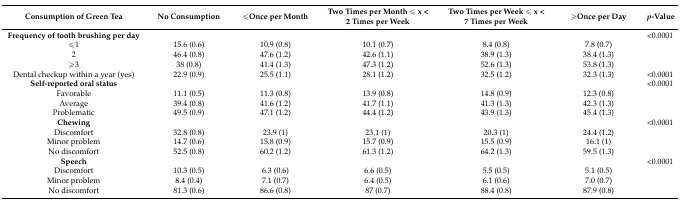
<table><thead><tr><td><b>Consumption of Green Tea</b></td><td><b>No Consumption</b></td><td><b>≤Once per Month</b></td><td><b>Two Times per Month ≤ x &lt; 2 Times per Week</b></td><td><b>Two Times per Week ≤ x &lt; 7 Times per Week</b></td><td><b>≥Once per Day</b></td><td><b><i>p</i>-Value</b></td></tr></thead><tbody><tr><td><b>Frequency of tooth brushing per day</b></td><td></td><td></td><td></td><td></td><td></td><td>&lt;0.0001</td></tr><tr><td>≤1</td><td>15.6 (0.6)</td><td>10.9 (0.8)</td><td>10.1 (0.7)</td><td>8.4 (0.8)</td><td>7.8 (0.7)</td><td></td></tr><tr><td>2</td><td>46.4 (0.8)</td><td>47.6 (1.2)</td><td>42.6 (1.1)</td><td>38.9 (1.3)</td><td>38.4 (1.3)</td><td></td></tr><tr><td>≥3</td><td>38 (0.8)</td><td>41.4 (1.3)</td><td>47.3 (1.2)</td><td>52.6 (1.3)</td><td>53.8 (1.3)</td><td></td></tr><tr><td>Dental checkup within a year (yes)</td><td>22.9 (0.9)</td><td>25.5 (1.1)</td><td>28.1 (1.2)</td><td>32.5 (1.2)</td><td>32.3 (1.3)</td><td>&lt;0.0001</td></tr><tr><td><b>Self-reported oral status</b></td><td></td><td></td><td></td><td></td><td></td><td>&lt;0.0001</td></tr><tr><td>Favorable</td><td>11.1 (0.5)</td><td>11.3 (0.8)</td><td>13.9 (0.8)</td><td>14.8 (0.9)</td><td>12.3 (0.8)</td><td></td></tr><tr><td>Average</td><td>39.4 (0.8)</td><td>41.6 (1.2)</td><td>41.7 (1.1)</td><td>41.3 (1.3)</td><td>42.3 (1.3)</td><td></td></tr><tr><td>Problematic</td><td>49.5 (0.9)</td><td>47.1 (1.2)</td><td>44.4 (1.2)</td><td>43.9 (1.3)</td><td>45.4 (1.3)</td><td></td></tr><tr><td><b>Chewing</b></td><td></td><td></td><td></td><td></td><td></td><td>&lt;0.0001</td></tr><tr><td>Discomfort</td><td>32.8 (0.8)</td><td>23.9 (1)</td><td>23.1 (1)</td><td>20.3 (1)</td><td>24.4 (1.2)</td><td></td></tr><tr><td>Minor problem</td><td>14.7 (0.6)</td><td>15.8 (0.9)</td><td>15.7 (0.9)</td><td>15.5 (0.9)</td><td>16.1 (1)</td><td></td></tr><tr><td>No discomfort</td><td>52.5 (0.8)</td><td>60.2 (1.2)</td><td>61.3 (1.2)</td><td>64.2 (1.3)</td><td>59.5 (1.3)</td><td></td></tr><tr><td><b>Speech</b></td><td></td><td></td><td></td><td></td><td></td><td>&lt;0.0001</td></tr><tr><td>Discomfort</td><td>10.3 (0.5)</td><td>6.3 (0.6)</td><td>6.6 (0.5)</td><td>5.5 (0.5)</td><td>5.1 (0.5)</td><td></td></tr><tr><td>Minor problem</td><td>8.4 (0.4)</td><td>7.1 (0.7)</td><td>6.4 (0.5)</td><td>6.1 (0.6)</td><td>7.0 (0.7)</td><td></td></tr><tr><td>No discomfort</td><td>81.3 (0.6)</td><td>86.6 (0.8)</td><td>87 (0.7)</td><td>88.4 (0.8)</td><td>87.9 (0.8)</td><td></td></tr></tbody></table>